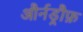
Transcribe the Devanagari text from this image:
और्नड्रौफ़